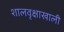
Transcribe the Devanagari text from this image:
शालवृक्षाखाली